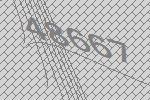
48667